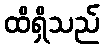
ထိရှိသည်